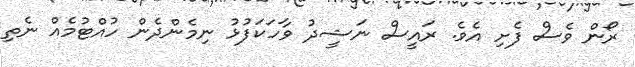
ރޯން ވެސް ފެށި އެވެ. ރައީސް ނަޝީދު ވާހަކަފުޅު ނިމެންދެން ހުއްޓުމެއް ނެތި